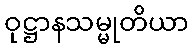
ဝုဋ္ဌာနသမ္မုတိယာ